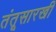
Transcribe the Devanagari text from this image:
तंतूसारखी